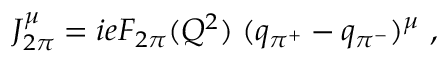
J _ { 2 \pi } ^ { \mu } = i e F _ { 2 \pi } ( Q ^ { 2 } ) \; ( q _ { \pi ^ { + } } - q _ { \pi ^ { - } } ) ^ { \mu } ~ ,